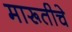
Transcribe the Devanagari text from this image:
मारूतीचे